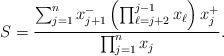
LaTeX: \begin{align*}S = \frac{\sum_{j=1}^n x_{j+1}^- \left(\prod_{\ell = j+2}^{j-1} x_{\ell} \right) x_j^+} {\prod_{j =1}^n x_j}.\end{align*}